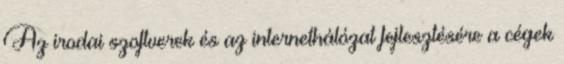
Az irodai szoftverek és az internethálózat fejlesztésére a cégek